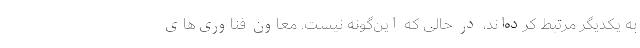
به یکدیگر مرتبط کرده‌اند، در حالی که این‌گونه نیست. معاون فناوری‌های